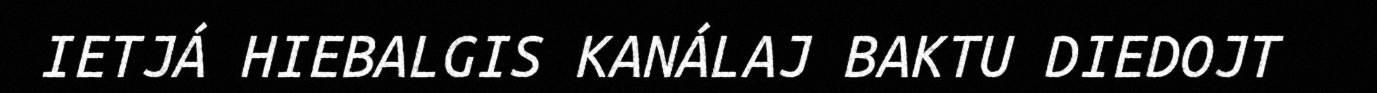
IETJÁ HIEBALGIS KANÁLAJ BAKTU DIEDOJT